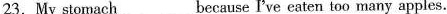
23.My stomach___because I've eaten too many apples.